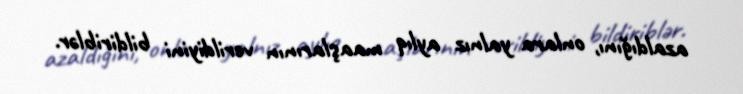
azaldığını, onlara yalnız aylıq maaşlarının verildiyini bildiriblər.